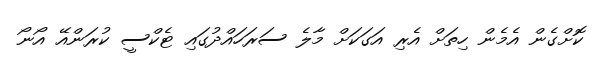
ކޮށްގެން އެމެން ހިތަށް އެރި އަގަކަށް މާލެ ސަރަހައްދުގައި ޓެކްސީ ކުރަންއޭ އޯނޯ